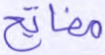
مفاتح